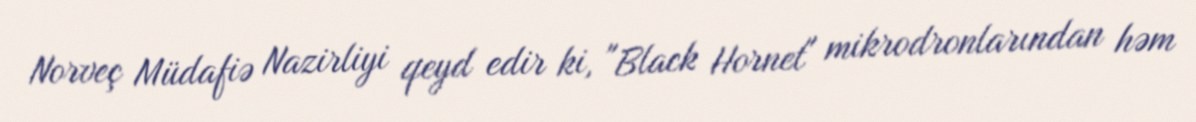
Norveç Müdafiə Nazirliyi qeyd edir ki, "Black Hornet" mikrodronlarından həm